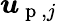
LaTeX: \boldsymbol{u}_{\mathrm{~p~},j}